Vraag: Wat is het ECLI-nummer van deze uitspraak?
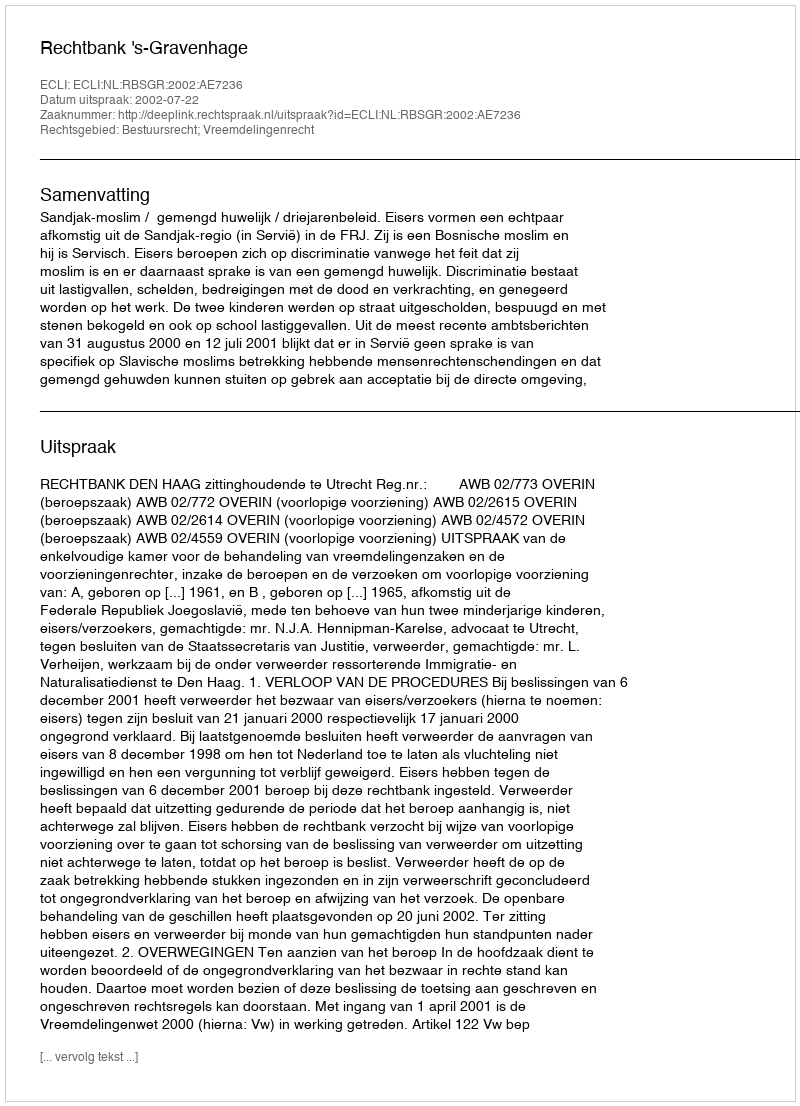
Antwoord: ECLI:NL:RBSGR:2002:AE7236